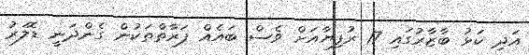
އަދި ކަޅު ބާޒާރުގައި 17 ރުފިޔާއަށް ވެސް ބައެއް ފަރާތްތަކުން ގެންދަނީ ޑޮލަރު